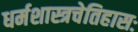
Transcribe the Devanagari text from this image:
धर्मशास्त्रचेतिहासः